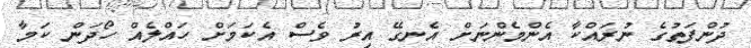
ދުންފަތުގެ ނުރައްކާ އެންމެންނަށް އެނގޭ އިރު ވެސް އެކަމަށް ހައްލެއް ހޯދަން ކަމާ